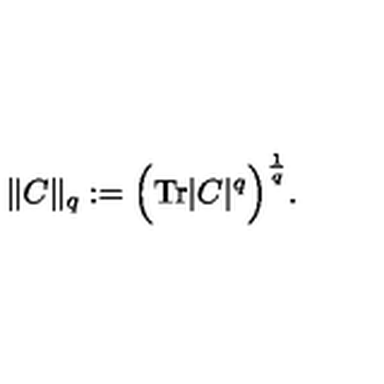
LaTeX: \| C \| _ { q } : = \Big ( \mathrm { T r } | C | ^ { q } \Big ) ^ { \frac { 1 } { q } } .